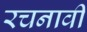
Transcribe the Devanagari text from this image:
रचनावी